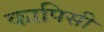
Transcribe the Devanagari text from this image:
कापिसी